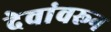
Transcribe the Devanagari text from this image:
देवांवरून